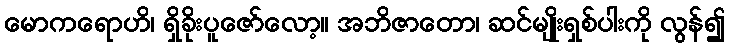
မောကရောဟိ၊ ရှိခိုးပူဇော်လော့။ အဘိဇာတော၊ ဆင်မျိုးရှစ်ပါးကို လွန်၍